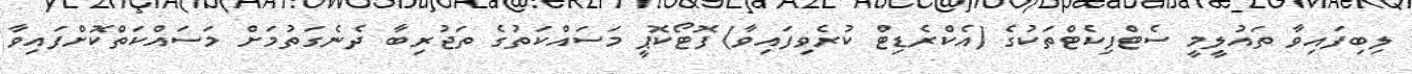
ލިބިފައިވާ ތައުލީމީ ސެޓްފިކެޓްތަކުގެ (އެކްރެޑިޓް ކުރެވިފައިވާ) ފޮޓޯކޮޕީ މަސައްކަތުގެ ތަޖުރިބާ ދެނެގަތުމަށް މަސައްކަތްކޮށްފައިވާ